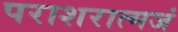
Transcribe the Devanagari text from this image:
पराशरात्मजं